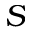
S